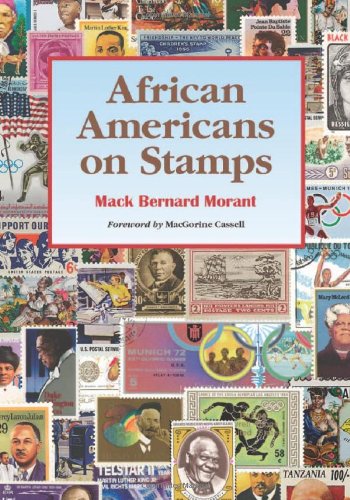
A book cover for African Americans on Stamps; Mack Bernard Morant; Crafts, Hobbies & Home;